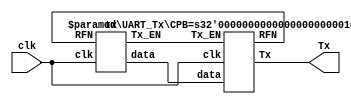

`timescale 1ns / 1ps


module top(
	input clk,
	output Tx
	);
	
	wire [7:0] w_data;
	wire w_Tx_EN;
	wire w_RFN;
	
	UART_Tx #(1250) u1 (
		.clk(clk),
		.data(w_data),
		.Tx_EN(w_Tx_EN),
		.Tx(Tx),
		.RFN(w_RFN)
		);
		
	tx t1(
		.clk(clk),
		.Tx_EN(w_Tx_EN),
		.RFN(w_RFN),
		.data(w_data)
		);
		
endmodule 





module UART_Tx 
	# (parameter CPB = 1250) // CPB = clocks per bit:  12 MHz / 9600 Baud = 1250
	(
	input clk,
	input [7:0] data,
	input Tx_EN,
	output Tx,
	output RFN        // RFN = ready for next (data)
	);
	
	// states
	localparam START = 0;
	localparam TRANSMIT = 1;
	localparam IDLE = 2;
	
	// state machine reg
	reg [1:0] STATE = IDLE;   // initialized state is IDLE
	
	// data reg with start and stop bits
	reg [8:0] temp = 9'b000000000;
	
	// output registers
	reg r_Tx = 1; 
	reg r_RFN = 0;
	
	// counting registers
	reg [10:0] counter = 0;
	reg [3:0] sample = 0;
	reg CE;
	
	// counters 
	always @ (posedge clk)
		begin 
			if (CE)
				begin 
					if (counter < CPB - 1)
						counter <= counter + 1;
					else 
						counter <= 0;
				end // if (CE)
			else 
				counter <= 0;  // if CE low, counter is reset to 0
		end // always
  
	always @ (posedge clk)
		begin 
			if (counter == CPB - 1)  
				begin 
					if (sample < 9)
						sample <= sample + 1;
					else
						sample <= 0;
				end // if (counter...
		end // always

		
	// state machine
	always @ (posedge clk)
		begin 
			case (STATE)
				
				START : 
					begin
						temp = {1'b1, data[7:0]}; // data plus stop bit
						CE <= 1;
						r_Tx <= 0;        // send start bit (low)
						r_RFN <= 0;       // dont load new data
						if (counter == CPB - 1)
							STATE <= TRANSMIT;
						else 
							STATE <= START; 
					end // START
					
				TRANSMIT :
					begin 
						if (sample < 9)
							r_Tx <= temp[sample];
						else 
							begin 
								r_RFN <= 1; // ready for new data
								STATE <= IDLE;
								CE <= 0;
							end // else 
					end // TRANSMIT
					
				IDLE :
					begin
						if (Tx_EN)
							STATE <= START;
						else 
							r_Tx <= 1;
					end // IDLE
					
				default :
				    begin 
				        CE <= 0;
				        STATE <= IDLE;
				    end // default
				
			endcase 
		end // always 
		
	assign Tx = r_Tx;
	assign RFN = r_RFN;
	
endmodule
	
	






	
	
module tx(   // sends data to UART_Tx to be then serialized and sent over UART to terminal
	input clk,
	output [7:0] data,
	output Tx_EN,
	input RFN        // RFN = ready for next (data)
	);
	
	reg [7:0] r_data;
	reg r_Tx_EN;
	reg [31:0] counter;
	
	always @ (posedge clk) 
		begin 
			if( counter <= 78002)
				counter <= counter + 1;
				
			else 
				counter <= 0;
		end 
		
	
	always @ (posedge clk)
		begin 

			if (counter == 13000)
				begin 
					r_data <= 8'h48;
					r_Tx_EN <= 1; 
				end 
			else if (counter == 13001)
				r_Tx_EN <= 0;
				
			if (RFN) 
				begin 
					if (counter == 26000)
						begin 
							r_data <= 8'h45;
							r_Tx_EN <= 1; 
						end 
					else if (counter == 26001)
						r_Tx_EN <= 0;
						
					else if (counter == 39000)
						begin 
							r_data <= 8'h4C;
							r_Tx_EN <= 1; 
						end 
					else if (counter == 39001)
						r_Tx_EN <= 0;
						
					else if (counter == 52000)
						begin 
							r_data <= 8'h4C;
							r_Tx_EN <= 1; 
						end 
					else if (counter == 52001)
						r_Tx_EN <= 0;
						
						
					else if (counter == 65000)
						begin 
							r_data <= 8'h4F;
							r_Tx_EN <= 1; 
						end 
					else if (counter == 65001)
						r_Tx_EN <= 0;
						
						
					else if (counter == 78000)
						begin 
							r_data <= 8'h20;
							r_Tx_EN <= 1; 
						end 
					else if (counter == 78001)
						r_Tx_EN <= 0;
					
				end // if RFN
		end // always 
		
	assign Tx_EN = r_Tx_EN;
	assign data = r_data;
	
endmodule




/*

`timescale 1ns / 1ps 

module tb;
	reg clk;
	wire Tx;
	
	top uut(clk, Tx);
	
	always #41.667 clk = ~clk;
	
	
	initial
		begin 
			clk = 0;
			
			#7000000
			$finish; 
			
			end 
			
endmodule */